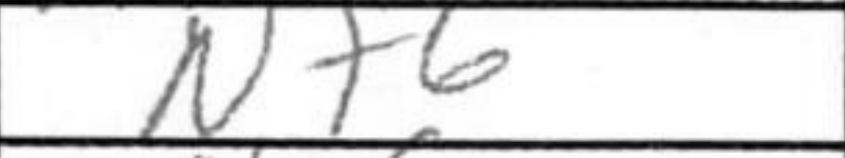
Transcription: Nf6